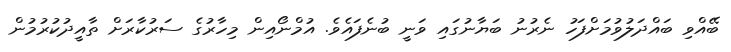
ބޭއްވި ބައްދަލުވުމަށްފަހު ނެރުނު ބަޔާނުގައި ވަނީ ބުނެފައެވެ. އުމްނޯއިން މިހާރުގެ ސަރުކާރަށް ތާއީދުކުރުމުން